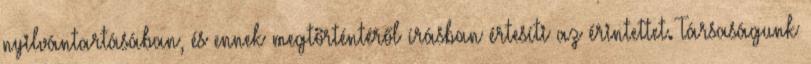
nyilvántartásában, és ennek megtörténtéről írásban értesíti az érintettet. Társaságunk